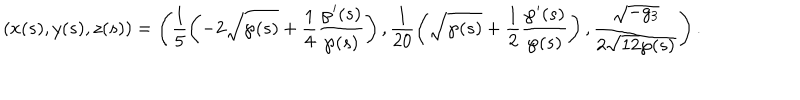
\left( x ( s ) , y ( s ) , z ( s ) \right) = \left( \frac { 1 } { 5 } \left( - 2 \sqrt { \wp ( s ) } + \frac { 1 } { 4 } \frac { \wp ^ { \prime } ( s ) } { \wp ( s ) } \right) , \frac { 1 } { 2 0 } \left( \sqrt { \wp ( s ) } + \frac { 1 } { 2 } \frac { \wp ^ { \prime } ( s ) } { \wp ( s ) } \right) , \frac { \sqrt { - g _ { 3 } } } { 2 \sqrt { 1 2 } \wp ( s ) } \right) .